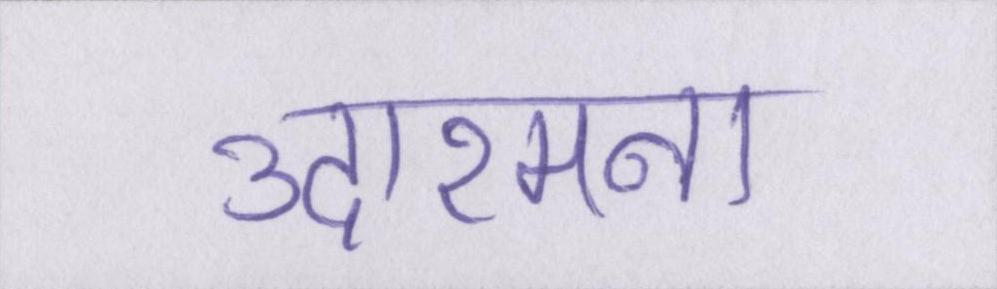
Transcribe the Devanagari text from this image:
उदारमना